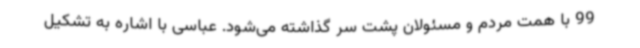
99 با همت مردم و مسئولان پشت سر گذاشته می‌شود. عباسی با اشاره به تشکیل